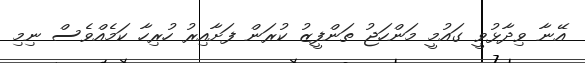
އޭނާ ވިދާޅުވީ ގައުމީ މަންހަޖު ތަންފީޒު ކުރަން ފަށާއިރު ހުރިހާ ކަމެއްވެސް ނިމި